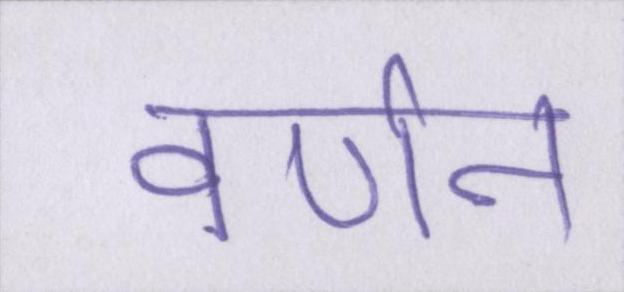
वर्णन